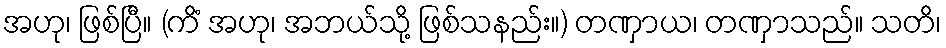
အဟု၊ ဖြစ်ပြီ။ (ကိံ အဟု၊ အဘယ်သို့ ဖြစ်သနည်း။) တဏှာယ၊ တဏှာသည်။ သတိ၊